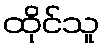
ထိုင်သူ